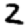
Digit: 2